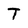
Character: T